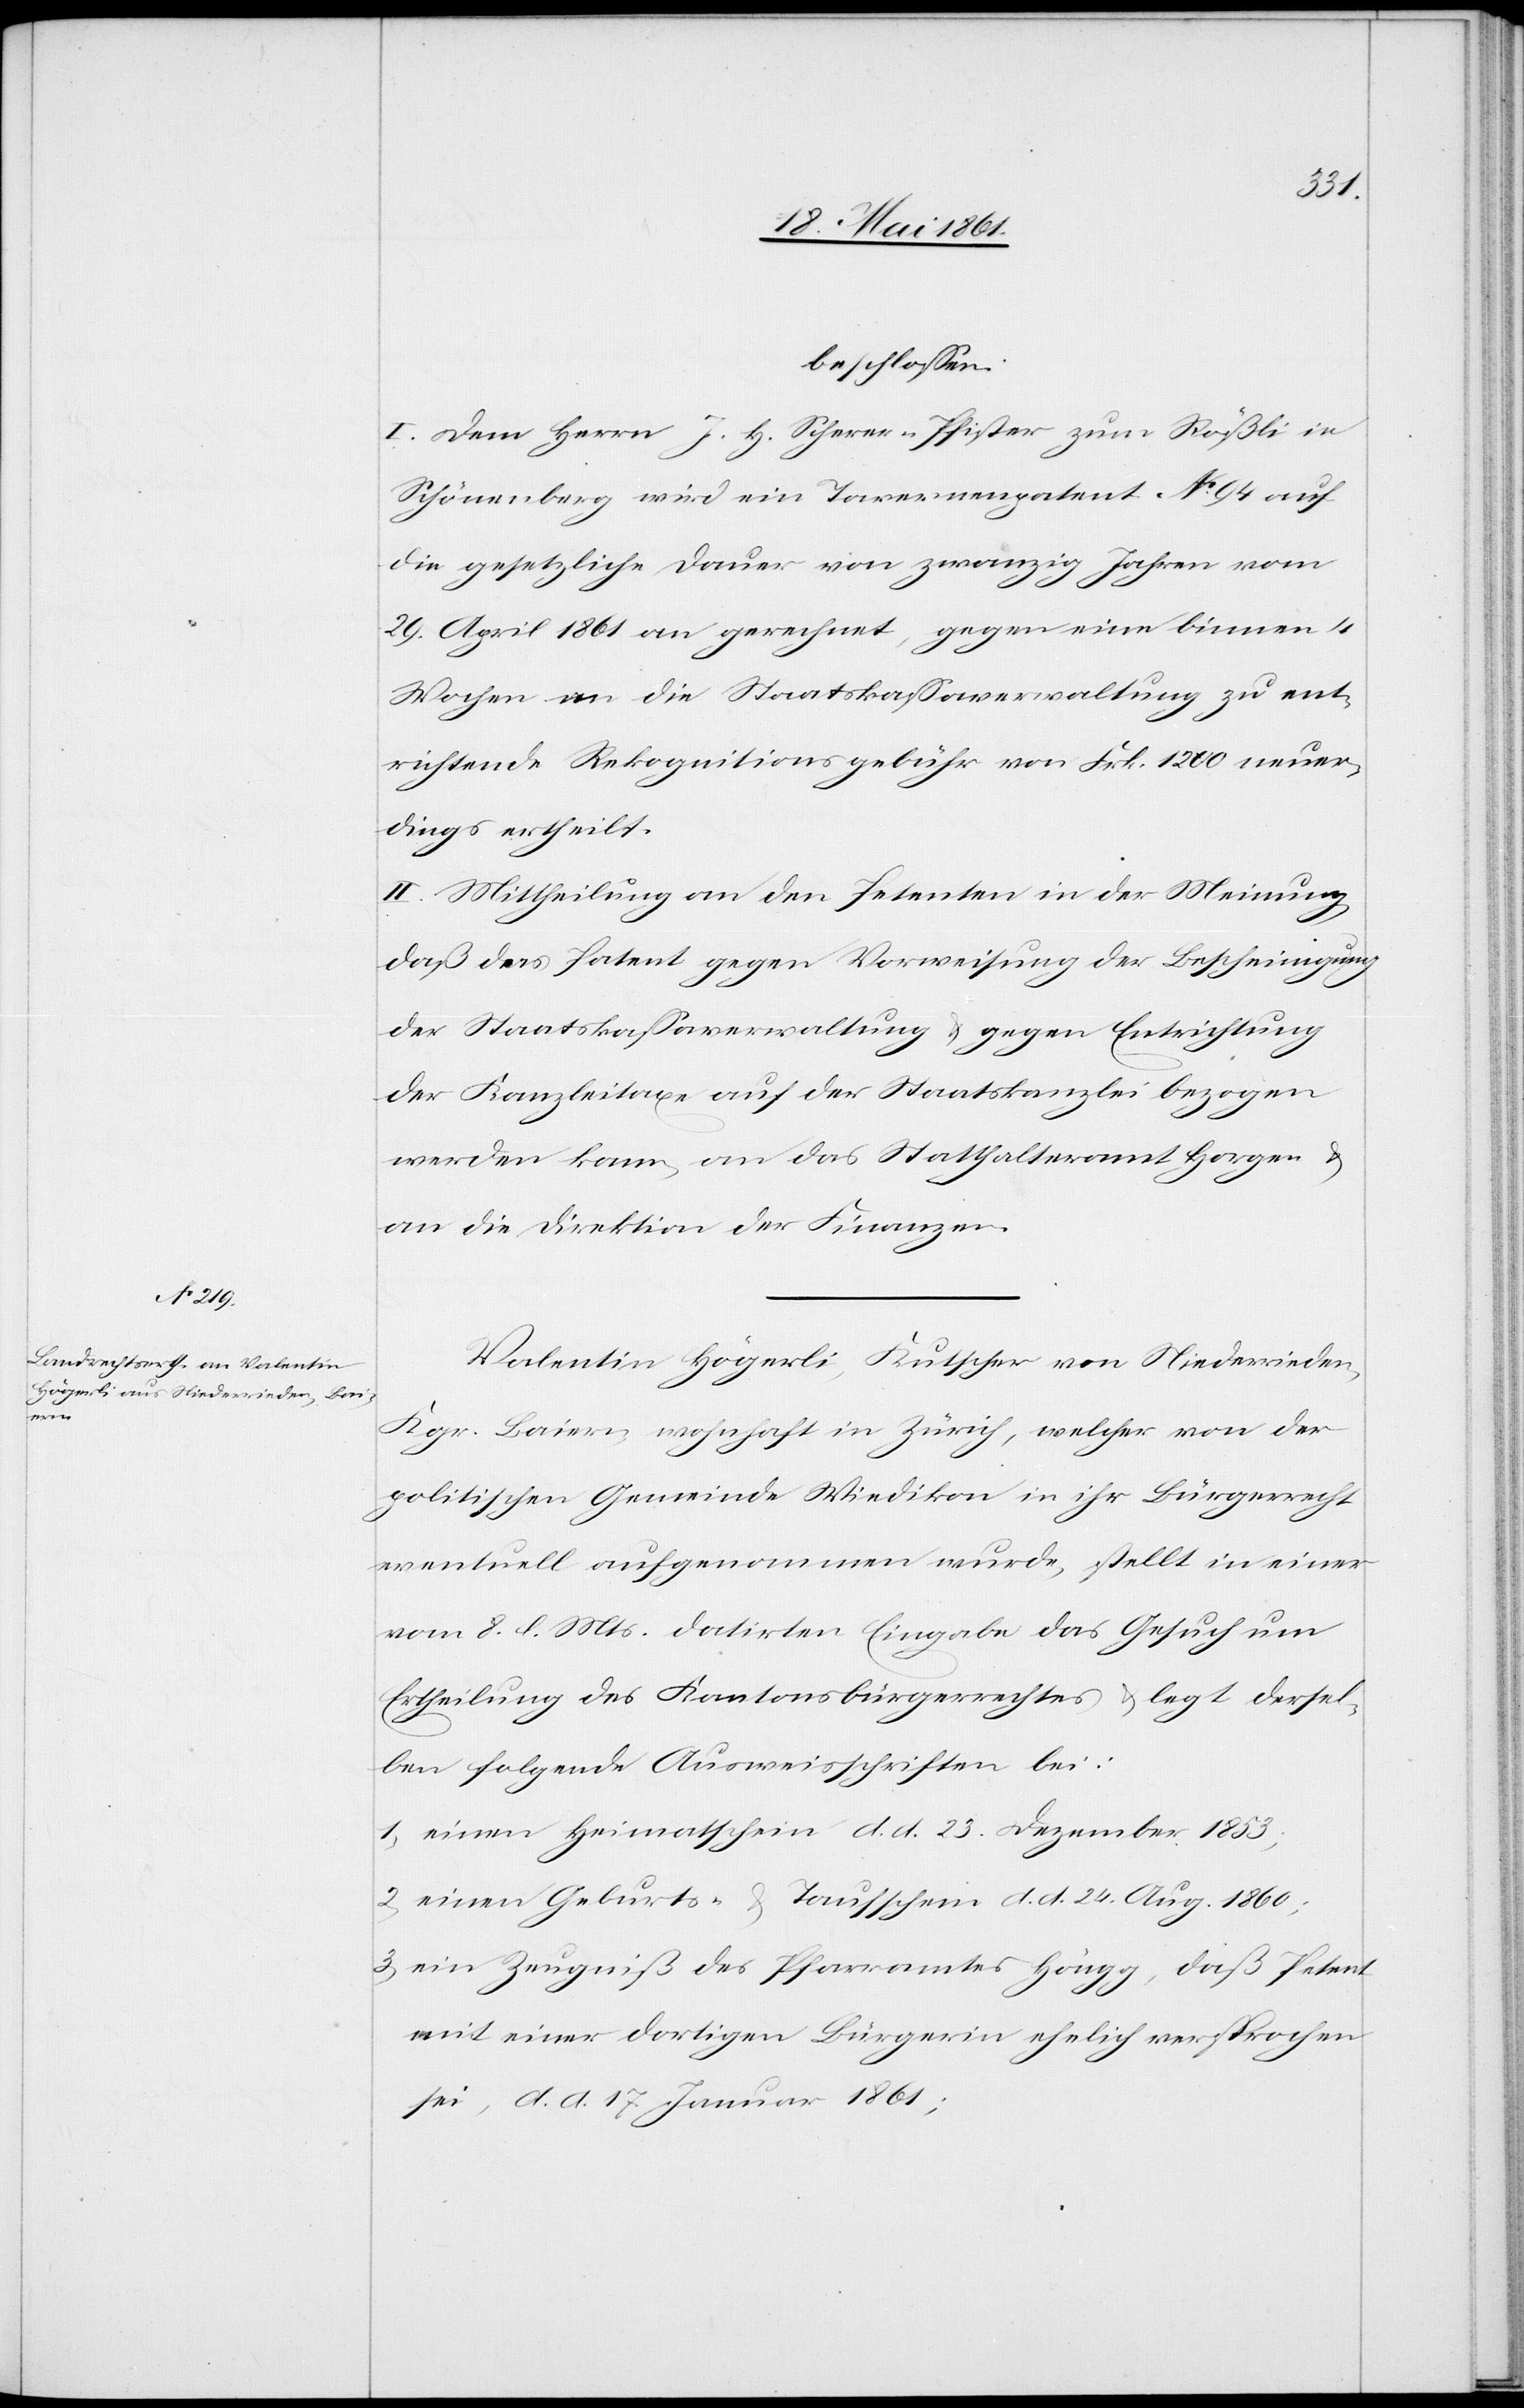
beschlossen.
I. Dem Herrn J. H. Scherer-Pfister zum Rößli in
Schönenberg wird ein Tavernenpatent No 94 auf
die gesetzliche Dauer von zwanzig Jahren vom
19. April 1861 an gerechnet, gegen eine binnen 4
Wochen an die Staatskassaverwaltung zu ent¬
richtende Rekognitionsgebühr von Frk. 1200 neuer¬
dings ertheilt.
II. Mittheilung an den Petenten in der Meinung,
daß das Patent gegen Vorweisung der Bescheinigung
der Staatskassaverwaltung u. gegen Entrichtung
der Kanzleitaxe auf der Staatskanzlei bezogen
werden kann, an das Statthalteramt Horgen u.
an die Direktion der Finanzen.
Valentin Högerli, Kutscher von Niederrieden,
Kgr. Baiern, wohnhaft in Zürich, welcher von der
politischen Gemeinde Wiedikon in ihr Bürgerrecht
eventuell aufgenommen wurde, stellt in einer
vom 8. l. Mts. datirten Eingabe das Gesuch um
Erheilung des Kantonsbürgerrechtes u. legt dersel¬
ben folgende Ausweisschriften bei:
1) einen Heimathschein d. d. 23. Dezember 1853,
2) einen Geburts- u. Taufschein d. d. 24. Aug. 1860;
3) ein Zeugniß des Pfarramtes Höngg, daß Petent
mit einer dortigen Bürgerin ehelich versprochen
sei, d. d. 17. Januar 1861;